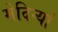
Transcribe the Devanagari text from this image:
मेदिन्यां